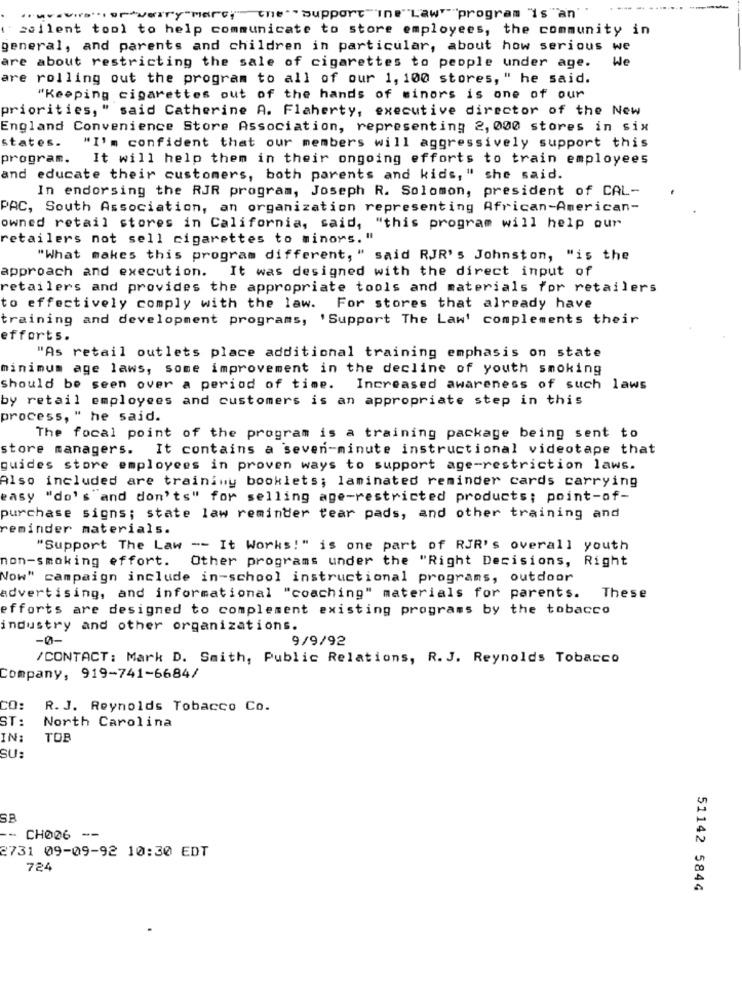
ordverry"mare"_the"" support"ine"Law"program "is"an'
sallent tool to help communicate to store employees, the community in
general, and parents and children in particular, about how serious we
We
are about restricting the sale of cigarettes to people under age.
are
rolling out the program to all of our 1, 100 stores, " he said.
"Keeping cigarettes out of the hands of minors is one of our
priorities, " said Catherine A. Flaherty, executive director of the New
England Convenience Store Association, representing 2, 000 stores in six
states.
"I'm confident that our members will aggressively support this
program.
It will help them in their ongoing efforts to train employees
and educate their customers, both parents and kids, " she said.
In endorsing the RJR program, Joseph R. Solomon, president of CAL-
PAC, South Association, an organization representing African-American-
owned retail stores in California, said, "this program will help our
retailers not sell cigarettes to minors. "
"What makes this program different, " said RJR's Johnston, "is the
approach and execution. It was designed with the direct input of
retailers and provides the appropriate tools and materials for retailers
to effectively comply with the law. For stores that already have
training and development programs, 'Support The Law' complements their
efforts.
"As retail outlets place additional training emphasis on state
minimum age laws, some improvement in the decline of youth smoking
should be seen over a period of time.
Increased awareness of such laws
by retail employees and customers is an appropriate step in this
process, " he said.
The focal point of the program is a training package being sent to
store managers. It contains a seven-minute instructional videotape that
guides store employees in proven ways to support age-restriction laws.
Also included are trainimy booklets; laminated reminder cards carrying
easy "do's and don'ts" for selling age-restricted products; point-of-
purchase signs; state law reminder tear pads, and other training and
reminder materials.
"Support The Law -- It Works!" is one part of RJR's overall youth
non-smoking effort. Other programs under the "Right Decisions, Right
Now" campaign include in-school instructional programs, outdoor
advertising, and informational "coaching" materials for parents. These
efforts are designed to complement existing programs by the tobacco
industry and other organizations.
-0-
9/9/92
/CONTACT: Mark D. Smith, Public Relations, R. J. Reynolds Tobacco
Company, 919-741-6684/
CO:
R. J. Reynolds Tobacco Co.
ST:
North Carolina
IN:
TOB
SU:
--
CH026 --
2731 09-09-92 10:30 EDT
724
51142 5844